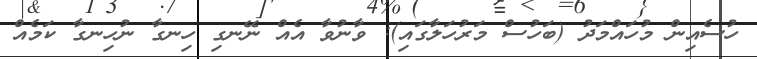
ހުސެއިން މުހައްމަދު (ބަހުސް މަރުހަލާގައި): ވާނުވާ އެއް ނޭނގި ހިނގާ ނުހިނގާ ކަމެއް